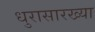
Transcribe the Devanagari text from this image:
धुरासारख्या